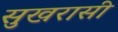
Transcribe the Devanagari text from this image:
सुखरासी